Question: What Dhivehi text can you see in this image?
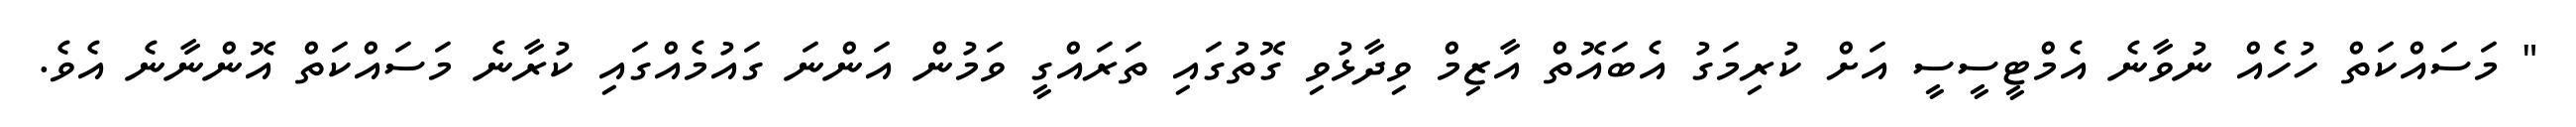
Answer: " މަސައްކަތް ހުހެއް ނުވާނެ އެމްޓީސީސީ އަށް ކުރިމަގު އެބައޮތް އާޒިމް ވިދާޅުވި ގޮތުގައި ތަރައްގީ ވަމުން އަންނަ ގައުމެއްގައި ކުރާނެ މަސައްކަތް އޮންނާނެ އެވެ.